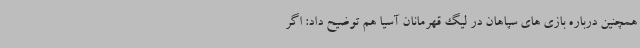
همچنین درباره بازی های سپاهان در لیگ قهرمانان آسیا هم توضیح داد: اگر